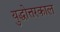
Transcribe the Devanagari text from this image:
युद्धोत्तरकाल